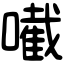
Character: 𡁶